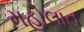
મહોલાત